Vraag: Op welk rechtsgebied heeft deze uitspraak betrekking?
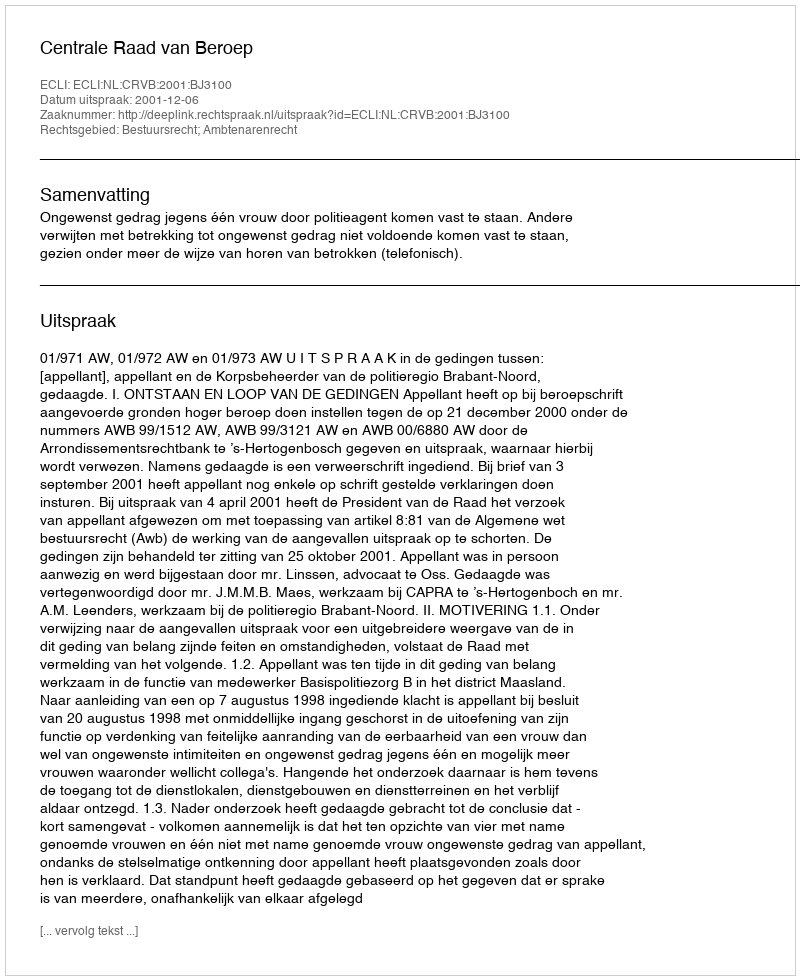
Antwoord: Bestuursrecht; Ambtenarenrecht